Report on sanitation, dispensaries, and jails in Rajputana for 1914, and on vaccination for the year 1914-1915 - 1914-1915
Year: 1914
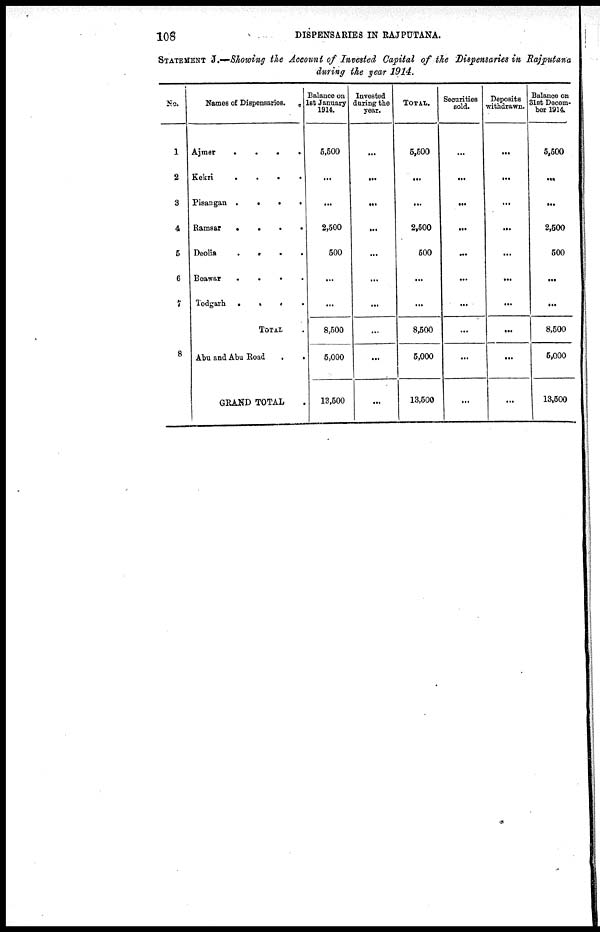
108
DISPENSARIES IN RAJPUTANA.
STATEMENT J.—Showing the Account of Invested Capital of the Dispensaries in Rajputana
during the year 1914.
No.
1
2
3
4
5
6
7
8
Names of Dispensaries.
Ajmer
.
.
.
.
Kekri
.
.
.
.
Pisangan .
.
.
.
Ramsar
.
.
.
.
Deolia
. . . .
Beawar
.
.
.
.
Todgarh
.
.
.
.
TOTAL .
Abu and Abu Road
.
.
GRAND TOTAL .
Balance on
1st January
1914.
5,500
...
...
2,500
500
...
...
8,500
5,000
13,500
Invested
during the
year.
...
...
...
...
...
...
...
...
...
...
TOTAL.
5,500
...
...
2,500
500
...
...
8,500
5,000
13,500
Securities
sold.
...
...
...
...
...
...
...
...
...
...
Deposits
withdrawn.
...
...
...
...
...
...
...
...
...
...
Balance on
31st Decem-
ber 1914.
5,500
...
...
2,500
500
...
...
8,500
5,000
13,500